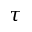
\tau